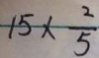
1 5 \times \frac { 2 } { 5 }